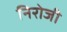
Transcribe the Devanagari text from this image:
निरोजी